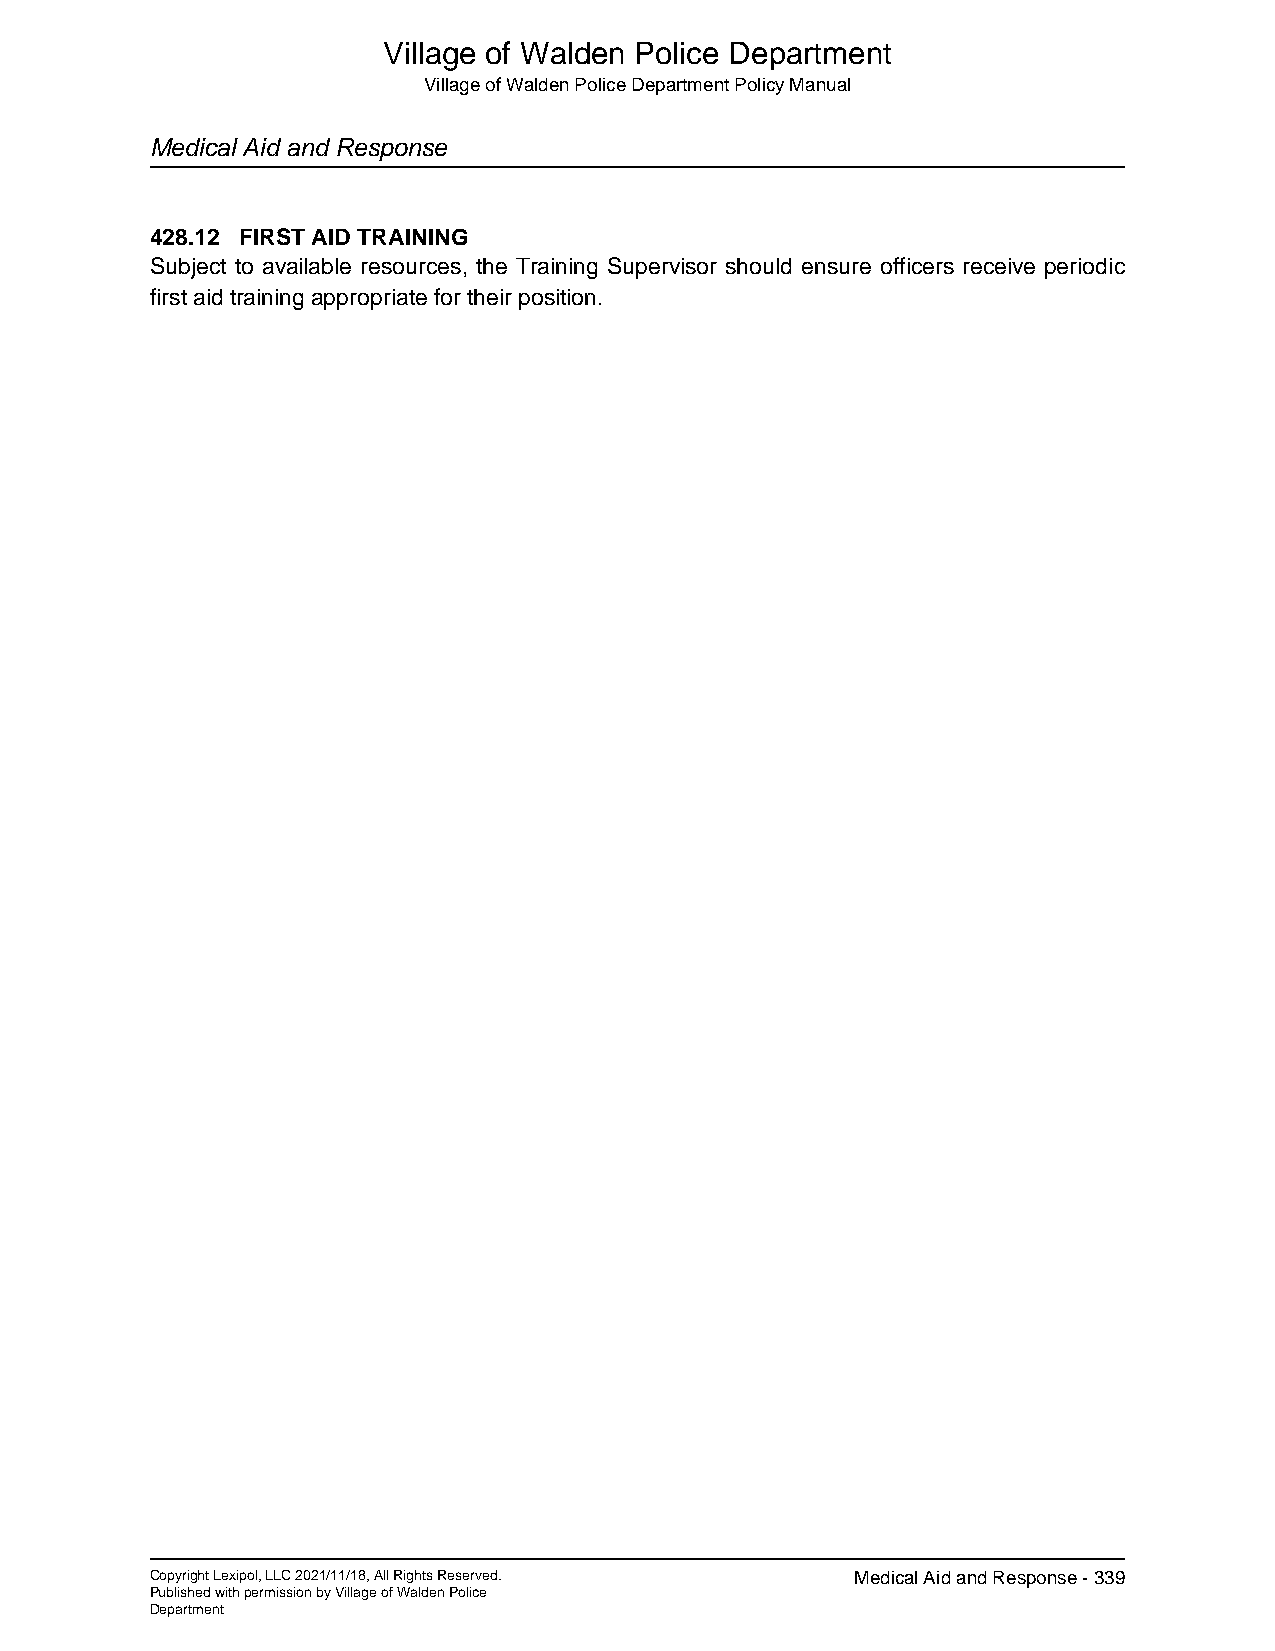
Village of Walden Police Department
 Village of Walden Police Department Policy Manual
 Medical Aid and Response
 428.12 FIRST AID TRAINING
 Subject to available resources, the Training Supervisor should ensure officers receive periodic
 first aid training appropriate for their position.
 Copyright Lexipol, LLC 2021/11/18, All Rights Reserved. Medical Aid and Response - 339
 Published with permission by Village of Walden Police
 Department